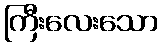
ကြီးလေးသော